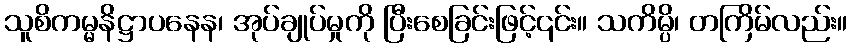
သူစိကမ္မနိဋ္ဌာပနေန၊ အုပ်ချုပ်မှုကို ပြီးစေခြင်းဖြင့်၎င်း။ သကိမ္ပိ၊ တကြိမ်လည်း။